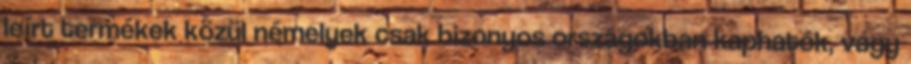
leírt termékek közül némelyek csak bizonyos országokban kaphatók, vagy